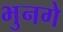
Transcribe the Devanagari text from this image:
भुनगे